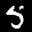
Label: 5